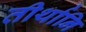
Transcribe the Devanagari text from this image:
तीर्थानि